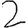
Digit: 2